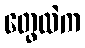
တွေထဲက